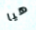
هيا